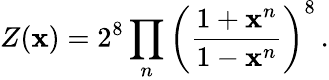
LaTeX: Z(\mathbf{x})=2^{8}\prod_{n}\left(\frac{{1+\mathbf{x}^{n}}}{{1-\mathbf{x}^{n}}}\right)^{8}\, .